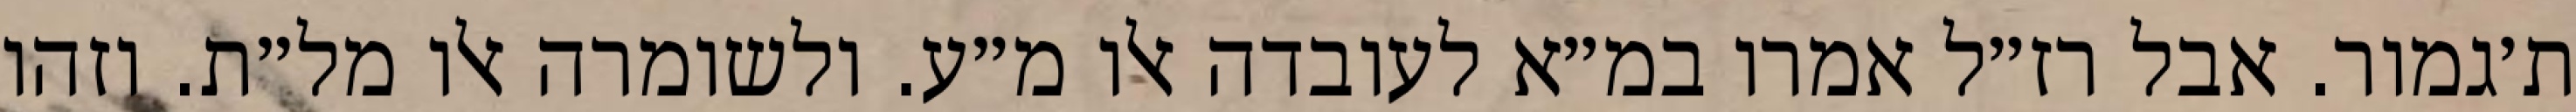
ת׳גמור. אבל רז״ל אמרו במ״א לעובדה אלו מ״ע. ולשומרה אלו מל״ת. וזהו